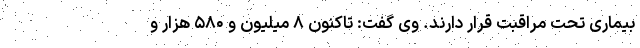
بیماری تحت مراقبت قرار دارند. وی گفت: تاکنون ۸ میلیون و ۵۸۰ هزار و